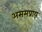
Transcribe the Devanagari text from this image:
असमप्राय